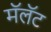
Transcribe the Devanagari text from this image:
मॅलॅट